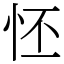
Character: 怌